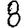
Digit: 8